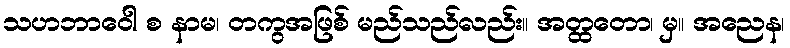
သဟဘာဝေါ စ နာမ၊ တကွအဖြစ် မည်သည်လည်း။ အတ္ထတော၊ မှ။ အညေန၊